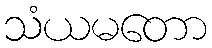
သံယမတော